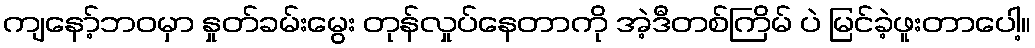
ကျနော့်ဘဝမှာ နှုတ်ခမ်းမွေး တုန်လှုပ်နေတာကို အဲ့ဒီတစ်ကြိမ် ပဲ မြင်ခဲ့ဖူးတာပေါ့။